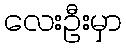
လေးဦးမှာ